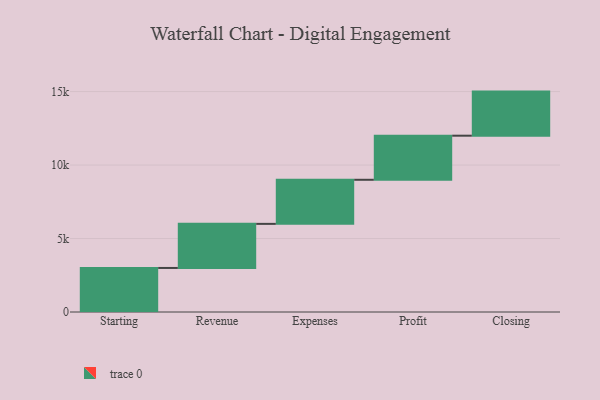
{"axis": {"x": "Step", "y": "Value"}, "legend": [""], "data": [{"x": "Starting", "y": 2997.0, "type": ""}, {"x": "Revenue", "y": 3000, "type": ""}, {"x": "Expenses", "y": 3000, "type": ""}, {"x": "Profit", "y": 3000, "type": ""}, {"x": "Closing", "y": 3000, "type": ""}]}